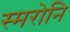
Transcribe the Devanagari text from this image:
स्मरोनि